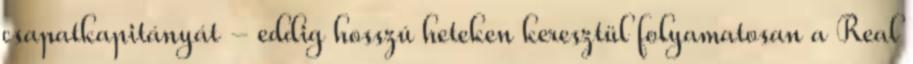
csapatkapitányát - eddig hosszú heteken keresztül folyamatosan a Real